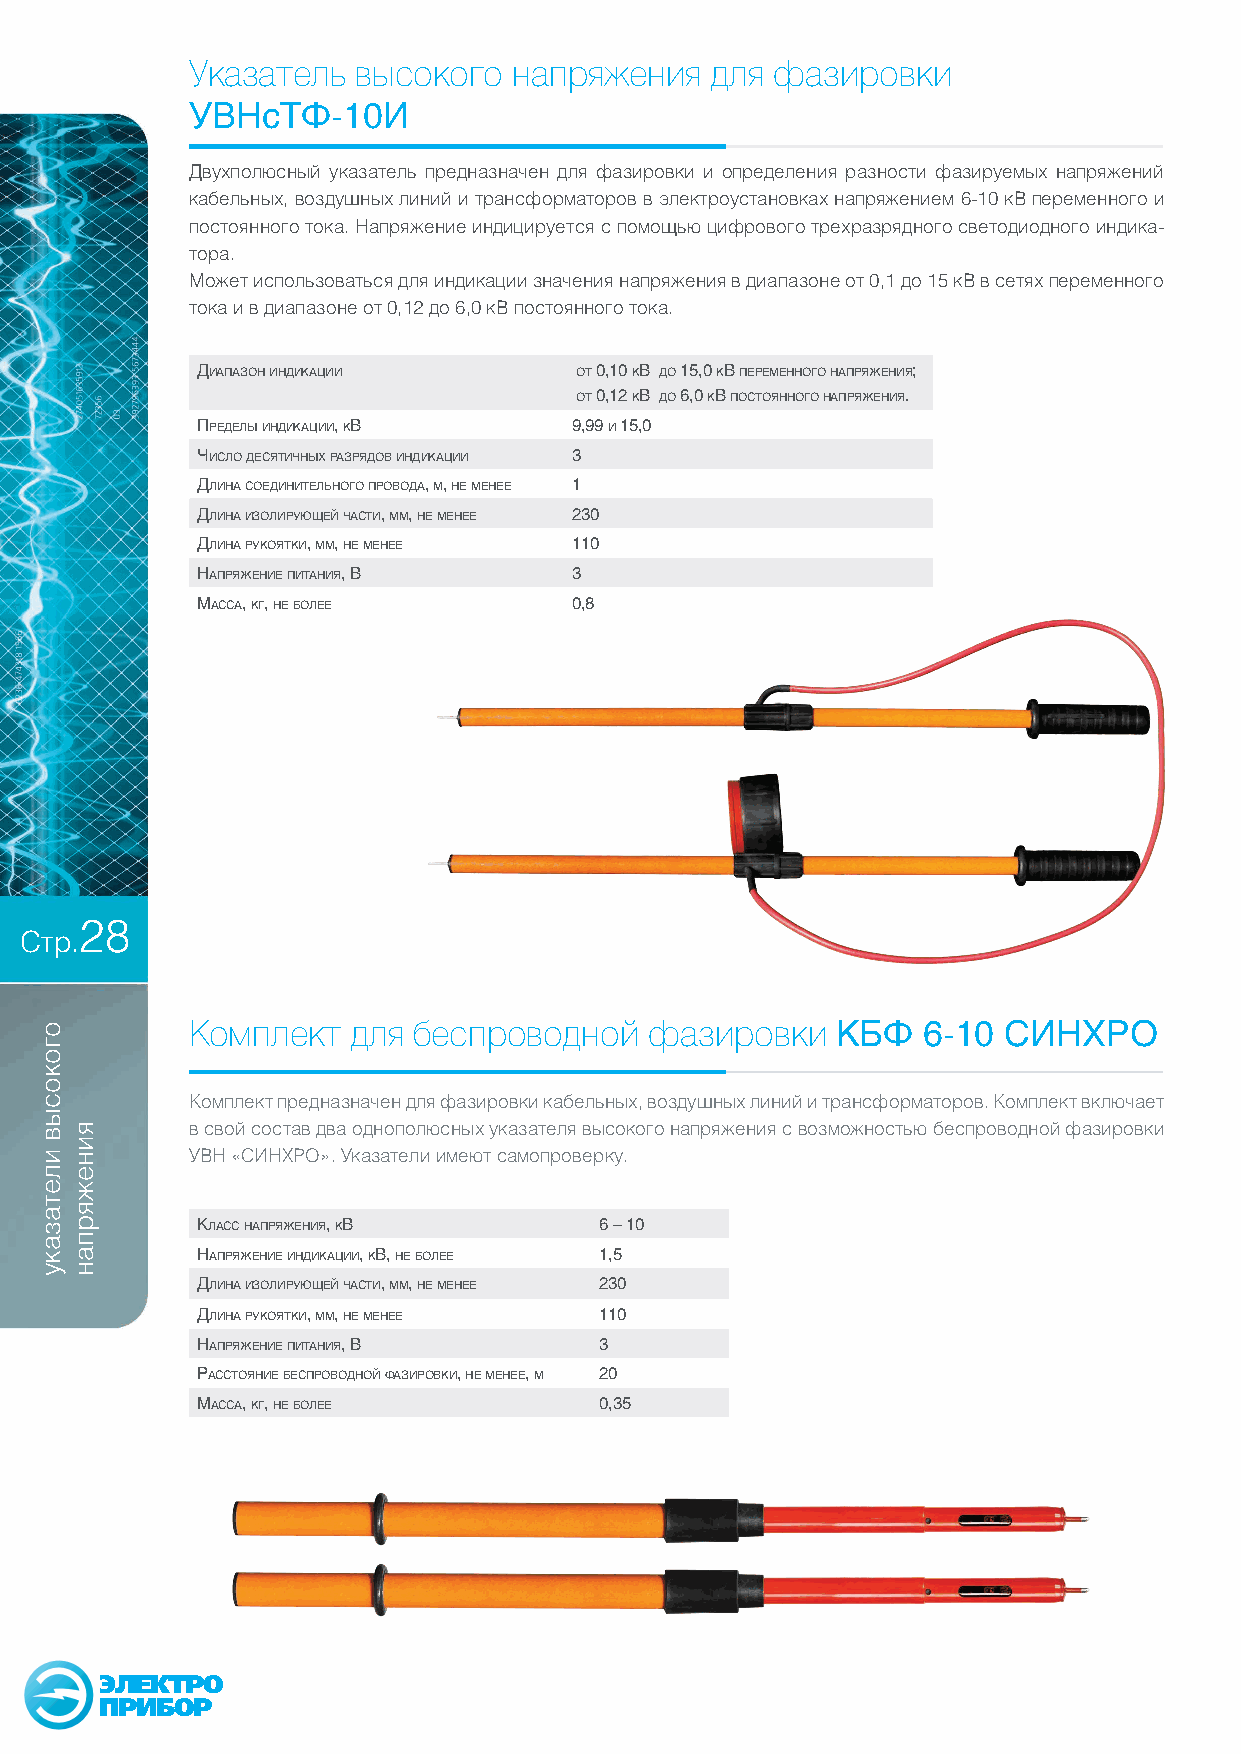
Указатель  высокого  напряжения   для фазировки
 УВНсТФ-10И
 Двухполюсный указатель предназначен для фазировки и определения разности фазируемых напряжений
 кабельных, воздушных линий и трансформаторов в электроустановках напряжением 6-10 кВ переменного и
 постоянного тока. Напряжение индицируется с помощью цифрового трехразрядного светодиодного индика-
 тора.
 Может использоваться для индикации значения напряжения в диапазоне от 0,1 до 15 кВ в сетях переменного
 тока и в диапазоне от 0,12 до 6,0 кВ постоянного тока.
 Диапазон инДикации       оТ 0,10 кВ До 15,0 кВ переменного напряжения;
 оТ 0,12 кВ До 6,0 кВ посТоянного напряжения.
 преДелы инДикации, кВ    9,99 и 15,0
 число ДесяТичных разряДоВ инДикации 3
 Длина соеДиниТельного проВоДа, м, не менее 1
 Длина изолирующей часТи, мм, не менее 230
 Длина рукояТки, мм, не менее 110
 напряжение пиТания, В    3
 масса, кг, не более      0,8
 28
 Стр.
 Комплект  для беспроводной    фазировки   КБФ   6-10  СИНХРО
 Комплект предназначен для фазировки кабельных, воздушных линий и трансформаторов. Комплект включает
 в свой состав два однополюсных указателя высокого напряжения с возможностью беспроводной фазировки
 УВН «СИНХРО». Указатели имеют самопроверку.
 класс напряжения, кВ       6 – 10
 напряжение инДикации, кВ, не более 1,5
 Длина изолирующей часТи, мм, не менее 230
 Длина рукояТки, мм, не менее 110
 напряжение пиТания, В      3
 рассТояние беспроВоДной фазироВки, не менее, м 20
 масса, кг, не более        0,35
 ЭЛЕКТРО
 ПРИБОР
 огокосыв
 илетазаку
 яинежярпан